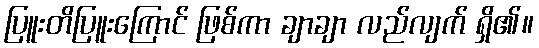
ပြူးတိပြူးကြောင် ဖြစ်ကာ ချာချာ လည်လျက် ရှိ၏။